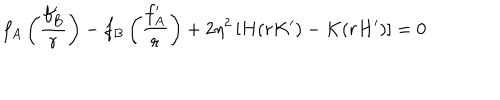
f _ { A } \left( \frac { f _ { B } ^ { \prime } } { r } \right) - f _ { B } \left( \frac { f _ { A } ^ { \prime } } { r } \right) + 2 \eta ^ { 2 } \left[ H ( r K ^ { \prime } ) - K ( r H ^ { \prime } ) \right] = 0